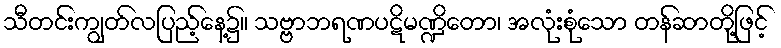
သီတင်းကျွတ်လပြည့်နေ့၌။ သဗ္ဗာဘရဏပဋိမဏ္ဍိတော၊ အလုံးစုံသော တန်ဆာတို့ဖြင့်